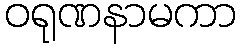
ဝရုဏနာမကာ